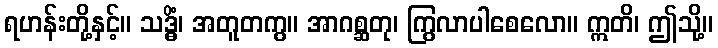
ရဟန်းတို့နှင့်။ သဒ္ဓိံ၊ အတူတကွ။ အာဂစ္ဆတု၊ ကြွလာပါစေလော။ ဣတိ၊ ဤသို့။